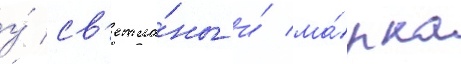
у́ св'етла́ны и́ ма́рка